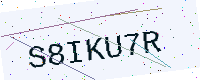
Text: S8IKU7R